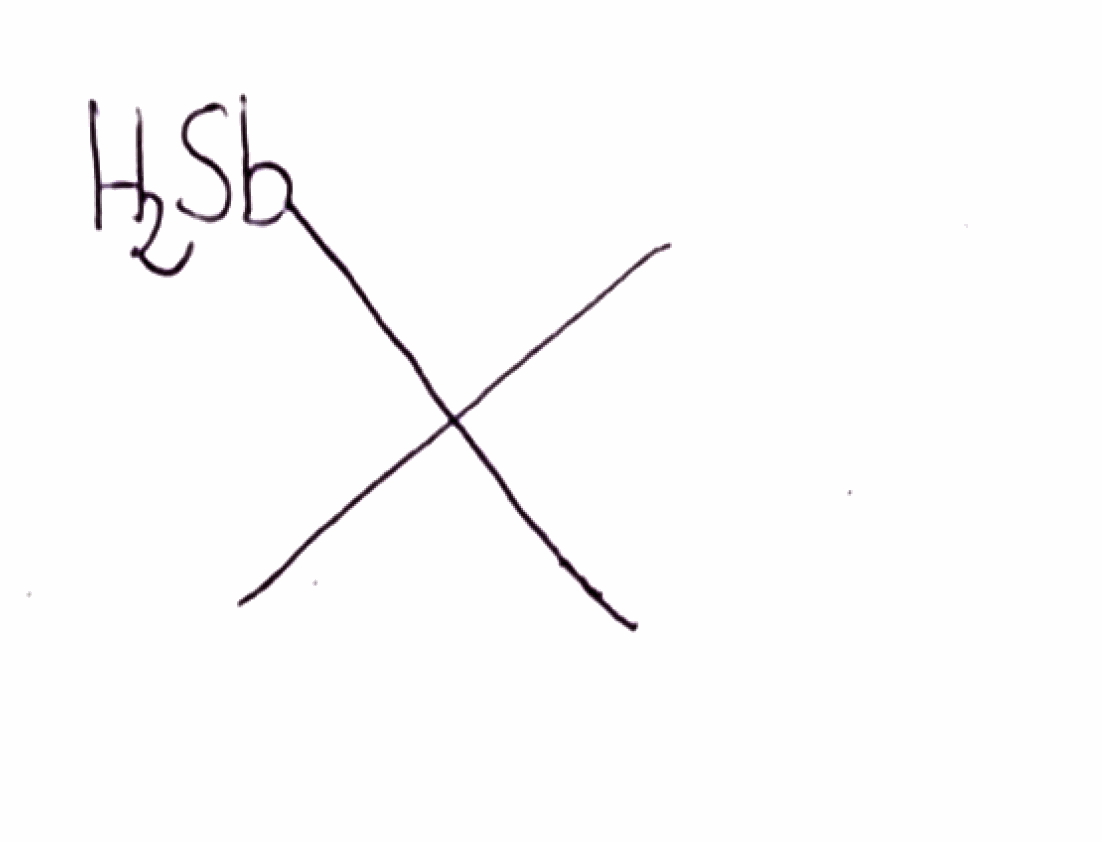
Simplified molecular-input line-entry system (SMILES) notation of the given molecule:
CC(C)(C)[SbH2]